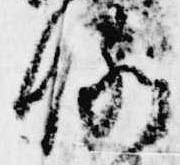
例